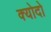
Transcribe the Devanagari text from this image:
क्योदो